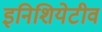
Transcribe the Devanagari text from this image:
इनिशियेटीव